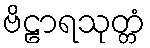
ဗိဠာရသုတ္တံ